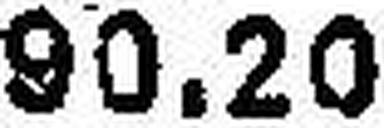
90.20